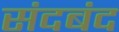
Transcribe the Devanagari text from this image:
संदबंद